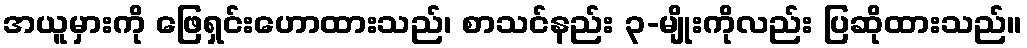
အယူမှားကို ဖြေရှင်းဟောထားသည်၊ စာသင်နည်း ၃-မျိုးကိုလည်း ပြဆိုထားသည်။